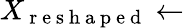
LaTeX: X_{\mathrm{~r~e~s~h~a~p~e~d~}}\leftarrow